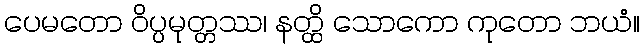
ပေမတော ဝိပ္ပမုတ္တဿ၊ နတ္ထိ သောကော ကုတော ဘယံ။